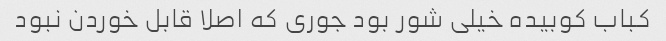
کباب کوبیده خیلی شور بود جوری که اصلا قابل خوردن نبود